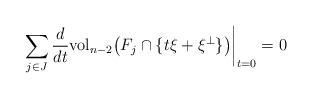
LaTeX: \begin{align*}\sum_{j\in J} \frac{d}{dt} \mbox{vol}_{n-2} \big( F_j\cap\lbrace t\xi + \xi^\perp\rbrace \big) \bigg|_{t=0} = 0\end{align*}